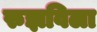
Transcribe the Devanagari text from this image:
रुझविला